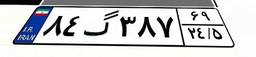
۸۴گ۳۸۷۶۹